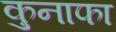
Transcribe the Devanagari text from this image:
कुनाफा